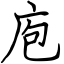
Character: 庖